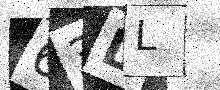
Text: 63LL